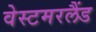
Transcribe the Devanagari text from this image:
वेस्टमरलैंड